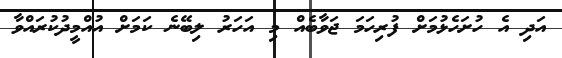
އަދި އެ ހުށަހެޅުމަށް ފުރިހަމަ ޖަވާބެއް މި އަހަރު ލިބޭނެ ކަމަށް އުއްމީދުކުރައްވާ